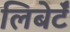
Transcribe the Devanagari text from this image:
लिबेर्टॅ